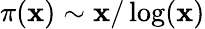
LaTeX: \pi(\mathbf{x})\sim\mathbf{x}/\log(\mathbf{x})